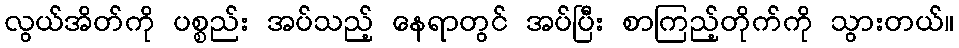
လွယ်အိတ်ကို ပစ္စည်း အပ်သည့် နေရာတွင် အပ်ပြီး စာကြည့်တိုက်ကို သွားတယ်။